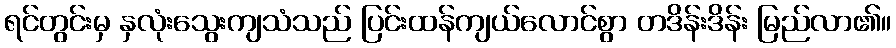
ရင်တွင်းမှ နှလုံးသွေးကျသံသည် ပြင်းထန်ကျယ်လောင်စွာ တဒိန်းဒိန်း မြည်လာ၏။